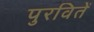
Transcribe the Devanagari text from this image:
पुरवितें